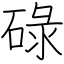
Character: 碌